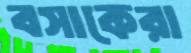
বসাকেরা